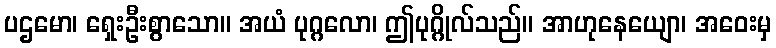
ပဌမော၊ ရှေးဦးစွာသော။ အယံ ပုဂ္ဂလော၊ ဤပုဂ္ဂိုလ်သည်။ အာဟုနေယျော၊ အဝေးမှ